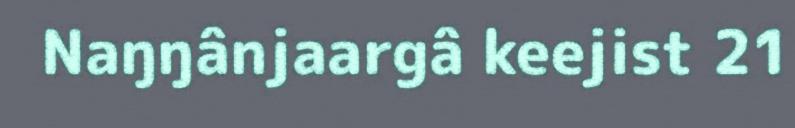
Naŋŋânjaargâ keejist 21